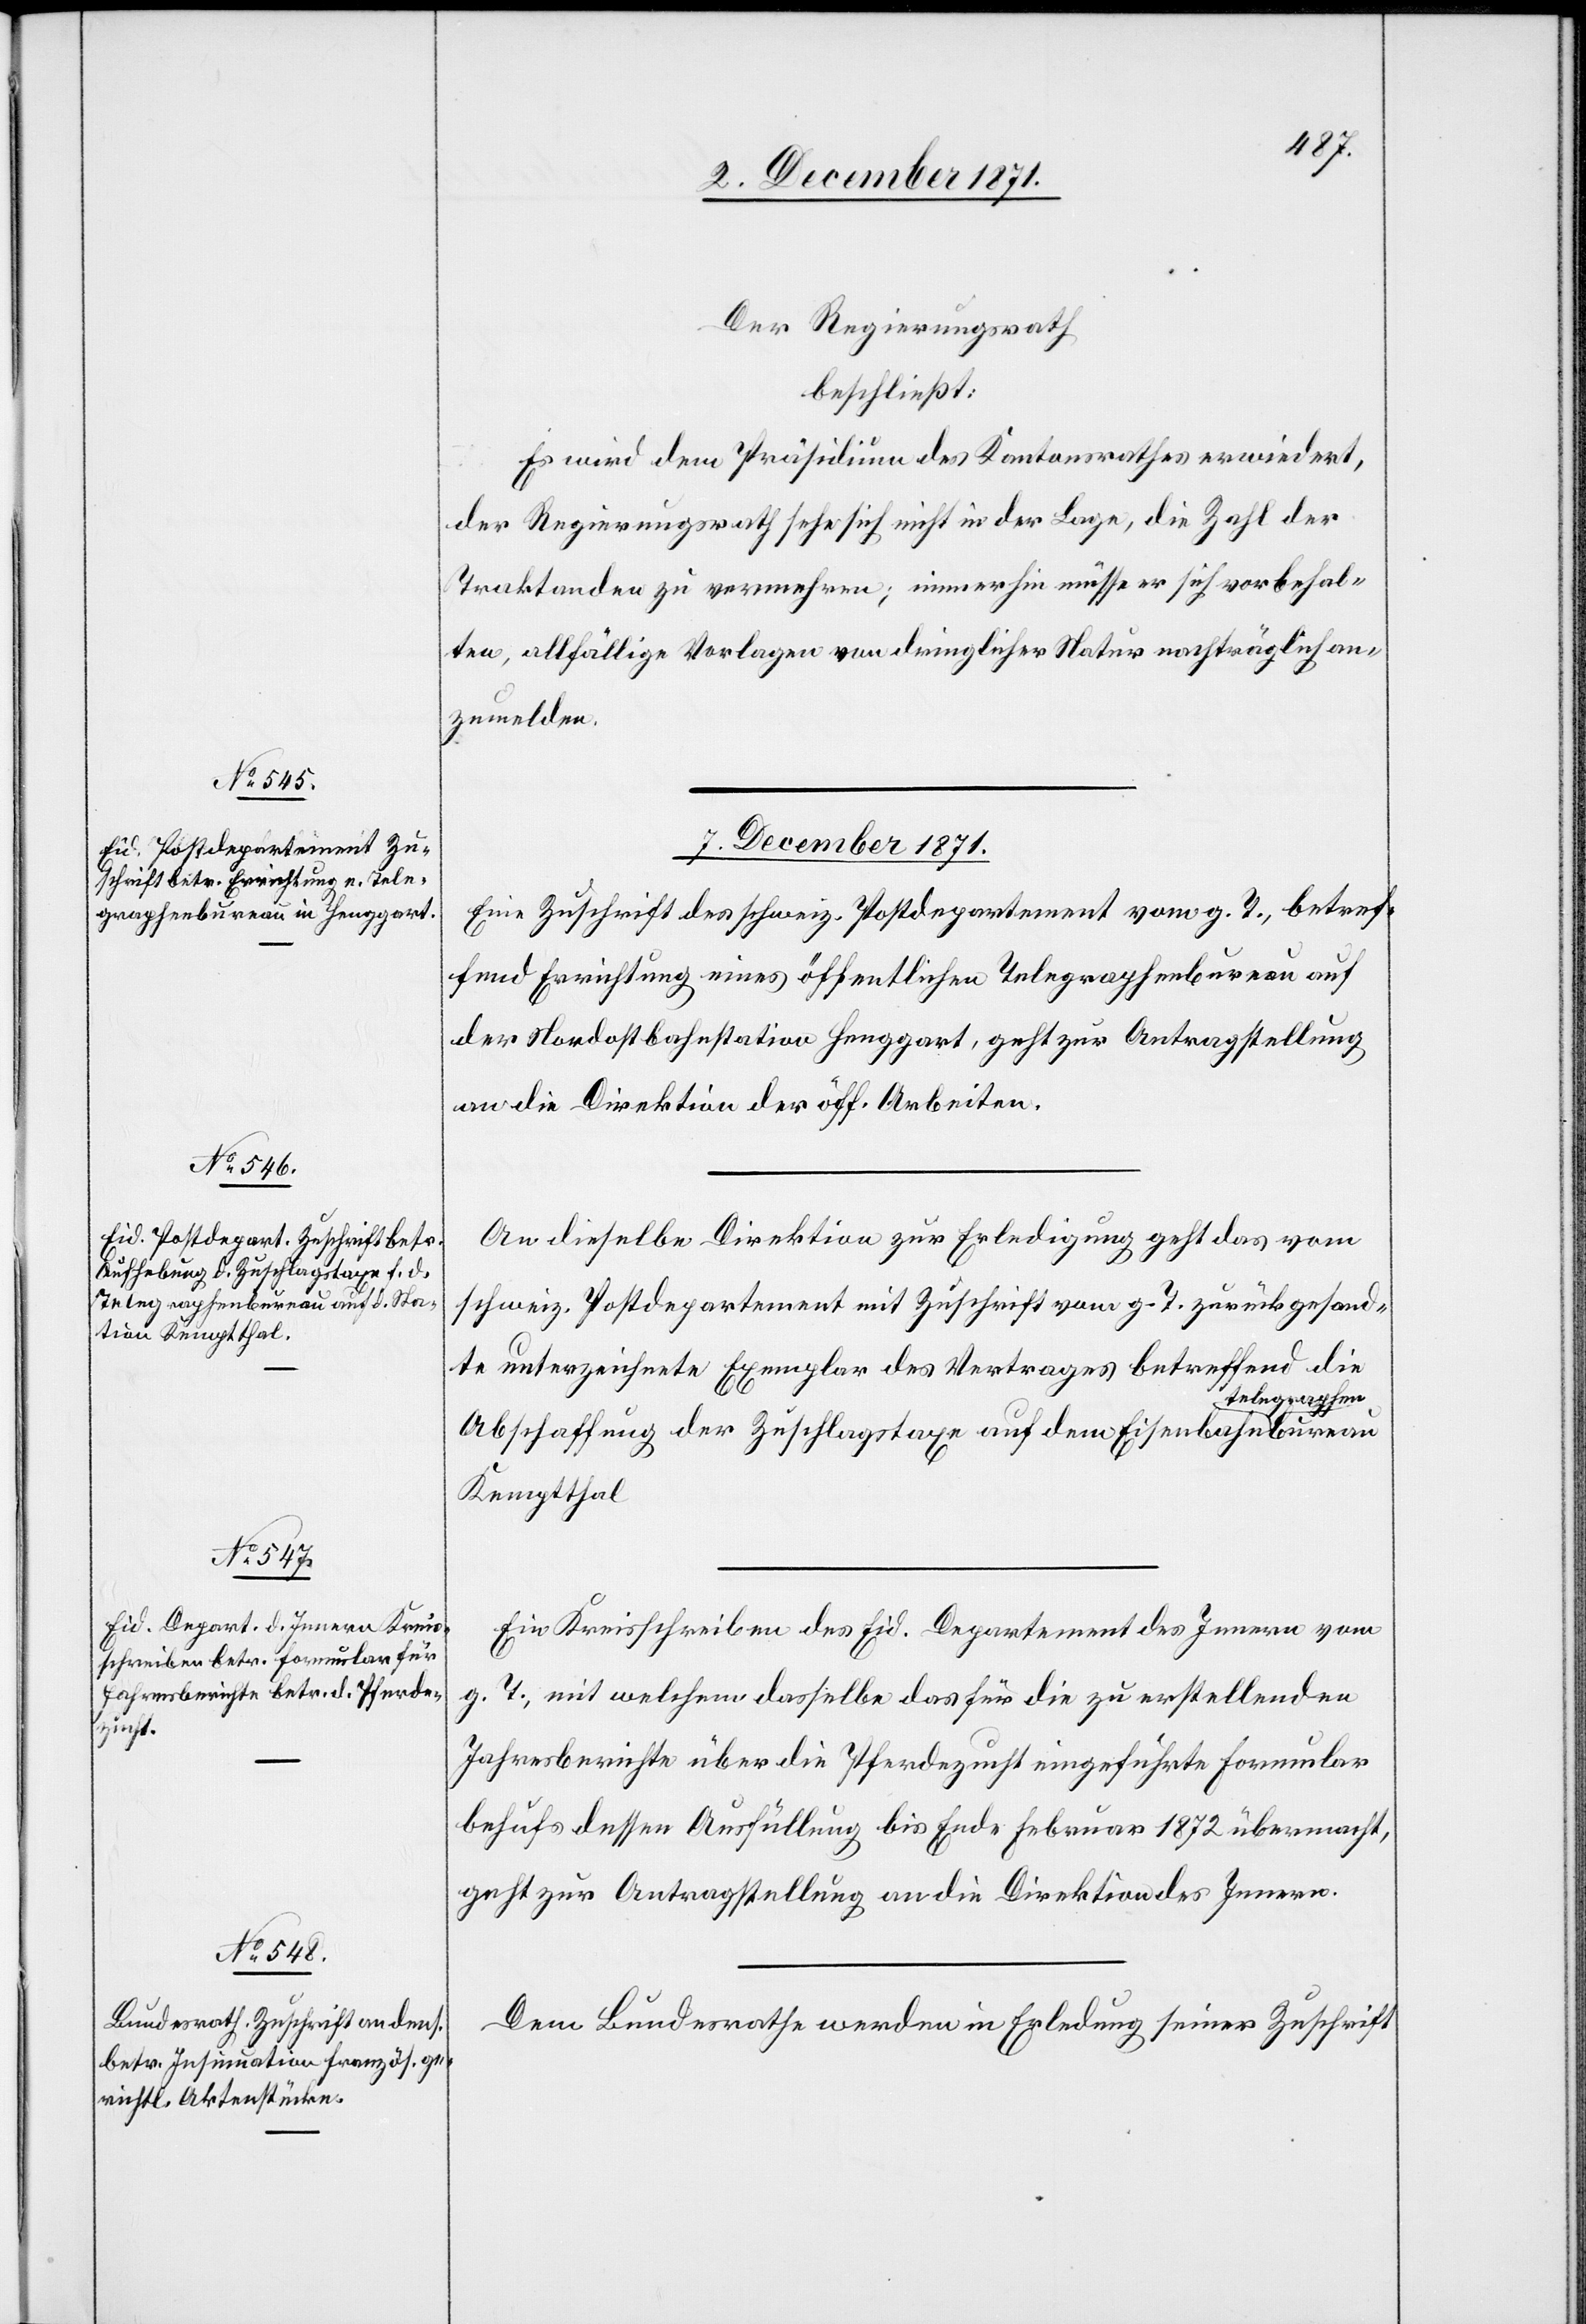
bureau

Der Regierungsrath
beschließt:
Es wird dem Präsidium des Kantonsrathes erwiedert,
der Regierungsrath sehe sich nicht in der Lage, die Zahl der
Traktanden zu vermehren; immerhin müsse er sich vorbehal¬
ten, allfällige Vorlagen von dringlicher Natur nachträglich an¬
zumelden.
7. December 1871.]
Eine Zuschrift des schweiz. Postdepartement vom g. T., betref¬
fend Errichtung eines öffentlichen Telegraphenbureau auf
der Nordostbahnstation Henggart, geht zur Antragstellung
an die Direktion der öff. Arbeiten.
An dieselbe Direktion zur Erledigung geht das vom
schweiz. Postdepartement mit Zuschrift vom g. T. zurückgesand¬
te unterzeichnete Exemplar des Vertrages betreffend die
elegraphen-a¬
Abschaffung der Zuschlagstaxe auf dem Eisenbahna-t¬
Kemptthal.
Ein Kreisschreiben des Eid. Departement des Innern vom
g. T., mit welcher dasselbe das für die zu erstellenden
Jahresberichte über die Pferdezucht eingeführte Formular
behufs dessen Ausfüllung bis Ende Februar 1872 übermacht,
geht zur Antragstellung an die Direktion des Innern.
Dem Bundesrathe werden in Erled[ig]ung seiner Zuschrift